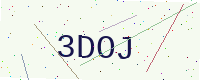
Text: 3DOJ